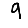
Digit: 9